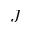
J